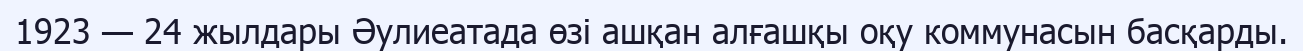
1923 — 24 жылдары Әулиеатада өзі ашқан алғашқы оқу коммунасын басқарды.